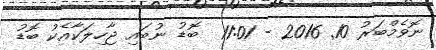
ނޮވެމްބަރު 10